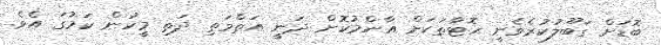
ބޮޑަށް ގަބޫލުކުރެވެނީ ހޮޓާތަކަށް އާންމުކޮށް ދަނީ އަތްމަތި ދަތި މީހުން ކަމުގަ އެވެ.